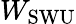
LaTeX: W_{\mathrm{SWU}}